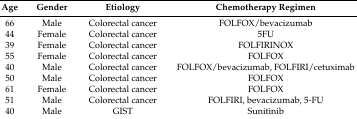
<table><thead><tr><td><b>Age</b></td><td><b>Gender</b></td><td><b>Etiology</b></td><td><b>Chemotherapy Regimen</b></td></tr></thead><tbody><tr><td>66</td><td>Male</td><td>Colorectal cancer</td><td>FOLFOX/bevacizumab</td></tr><tr><td>44</td><td>Female</td><td>Colorectal cancer</td><td>5FU</td></tr><tr><td>39</td><td>Female</td><td>Colorectal cancer</td><td>FOLFIRINOX</td></tr><tr><td>55</td><td>Female</td><td>Colorectal cancer</td><td>FOLFOX</td></tr><tr><td>40</td><td>Male</td><td>Colorectal cancer</td><td>FOLFOX/bevacizumab, FOLFIRI/cetuximab</td></tr><tr><td>50</td><td>Male</td><td>Colorectal cancer</td><td>FOLFOX</td></tr><tr><td>61</td><td>Female</td><td>Colorectal cancer</td><td>FOLFOX</td></tr><tr><td>51</td><td>Male</td><td>Colorectal cancer</td><td>FOLFIRI, bevacizumab, 5-FU</td></tr><tr><td>40</td><td>Male</td><td>GIST</td><td>Sunitinib</td></tr></tbody></table>